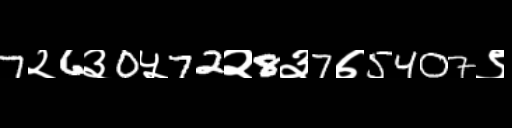
Text: 7२6३0५72२8३7७5407९